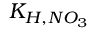
K _ { H , N O _ { 3 } }